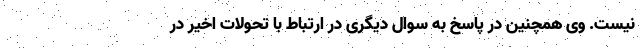
نیست. وی همچنین در پاسخ به سوال دیگری در ارتباط با تحولات اخیر در